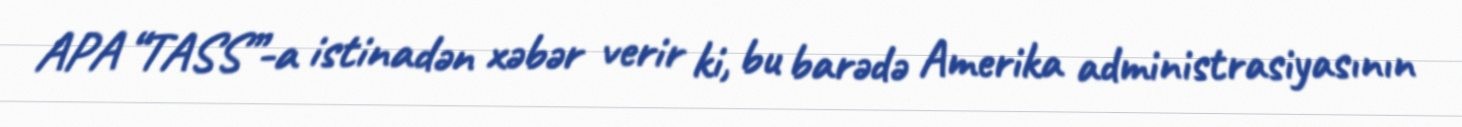
APA “TASS”-a istinadən xəbər verir ki, bu barədə Amerika administrasiyasının